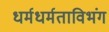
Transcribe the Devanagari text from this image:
धर्मधर्मताविभंग